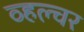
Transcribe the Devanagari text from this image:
व्हल्चर